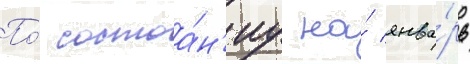
По́ состоа́н'иу на́ янва́рь